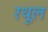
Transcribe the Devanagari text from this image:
रथूल